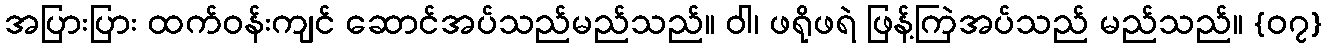
အပြားပြား ထက်ဝန်းကျင် ဆောင်အပ်သည်မည်သည်။ ဝါ၊ ဖရိုဖရဲ ဖြန့်ကြဲအပ်သည် မည်သည်။ {၀၇}